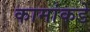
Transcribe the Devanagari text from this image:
कामांकडे